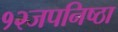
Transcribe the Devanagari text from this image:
१२जपनिष्ठा